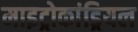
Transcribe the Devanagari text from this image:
माइट्रोकांड्रियल